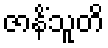
ဇာနိံသူတိ